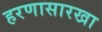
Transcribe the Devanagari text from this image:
हरणासारखा